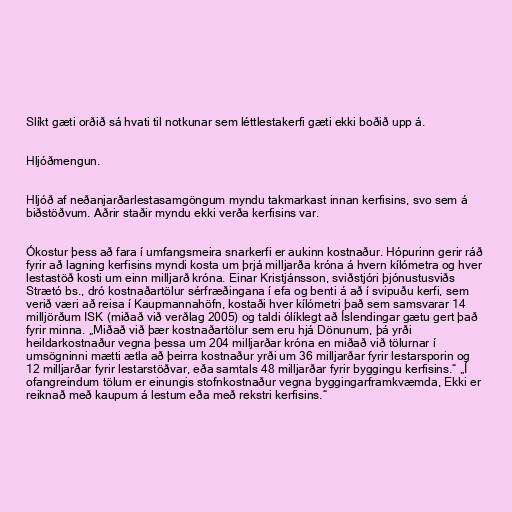
Slíkt gæti orðið sá hvati til notkunar sem léttlestakerfi gæti ekki boðið upp á.

Hljóðmengun.

Hljóð af neðanjarðarlestasamgöngum myndu takmarkast innan kerfisins, svo sem á
biðstöðvum. Aðrir staðir myndu ekki verða kerfisins var.

Ókostur þess að fara í umfangsmeira snarkerfi er aukinn kostnaður. Hópurinn gerir ráð
fyrir að lagning kerfisins myndi kosta um þrjá milljarða króna á hvern kílómetra og hver
lestastöð kosti um einn milljarð króna. Einar Kristjánsson, sviðstjóri þjónustusviðs
Strætó bs., dró kostnaðartölur sérfræðingana í efa og benti á að í svipuðu kerfi, sem
verið væri að reisa í Kaupmannahöfn, kostaði hver kílómetri það sem samsvarar 14
milljörðum ISK (miðað við verðlag 2005) og taldi ólíklegt að Íslendingar gætu gert það
fyrir minna. „Miðað við þær kostnaðartölur sem eru hjá Dönunum, þá yrði
heildarkostnaður vegna þessa um 204 milljarðar króna en miðað við tölurnar í
umsögninni mætti ætla að þeirra kostnaður yrði um 36 milljarðar fyrir lestarsporin og
12 milljarðar fyrir lestarstöðvar, eða samtals 48 milljarðar fyrir byggingu kerfisins.“ „Í
ofangreindum tölum er einungis stofnkostnaður vegna byggingarframkvæmda, Ekki er
reiknað með kaupum á lestum eða með rekstri kerfisins.“